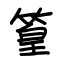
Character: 篁